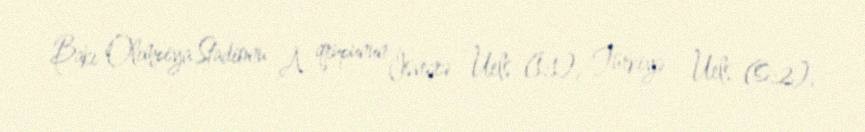
Bakı Olimpiya Stadionu A qrupunun İsveçrə - Uels (1:1), Türkiyə - Uels (0:2),